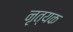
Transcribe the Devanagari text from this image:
नृत्यक